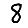
Digit: 8